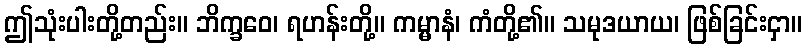
ဤသုံးပါးတို့တည်း။ ဘိက္ခဝေ၊ ရဟန်းတို့။ ကမ္မာနံ၊ ကံတို့၏။ သမုဒယာယ၊ ဖြစ်ခြင်းငှာ။